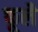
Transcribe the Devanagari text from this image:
फूलै